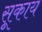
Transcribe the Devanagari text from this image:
सूकाय